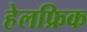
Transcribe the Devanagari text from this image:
हेलफ्रिक